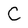
Character: C